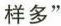
样多"